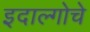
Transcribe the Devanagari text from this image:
इदाल्गोचे